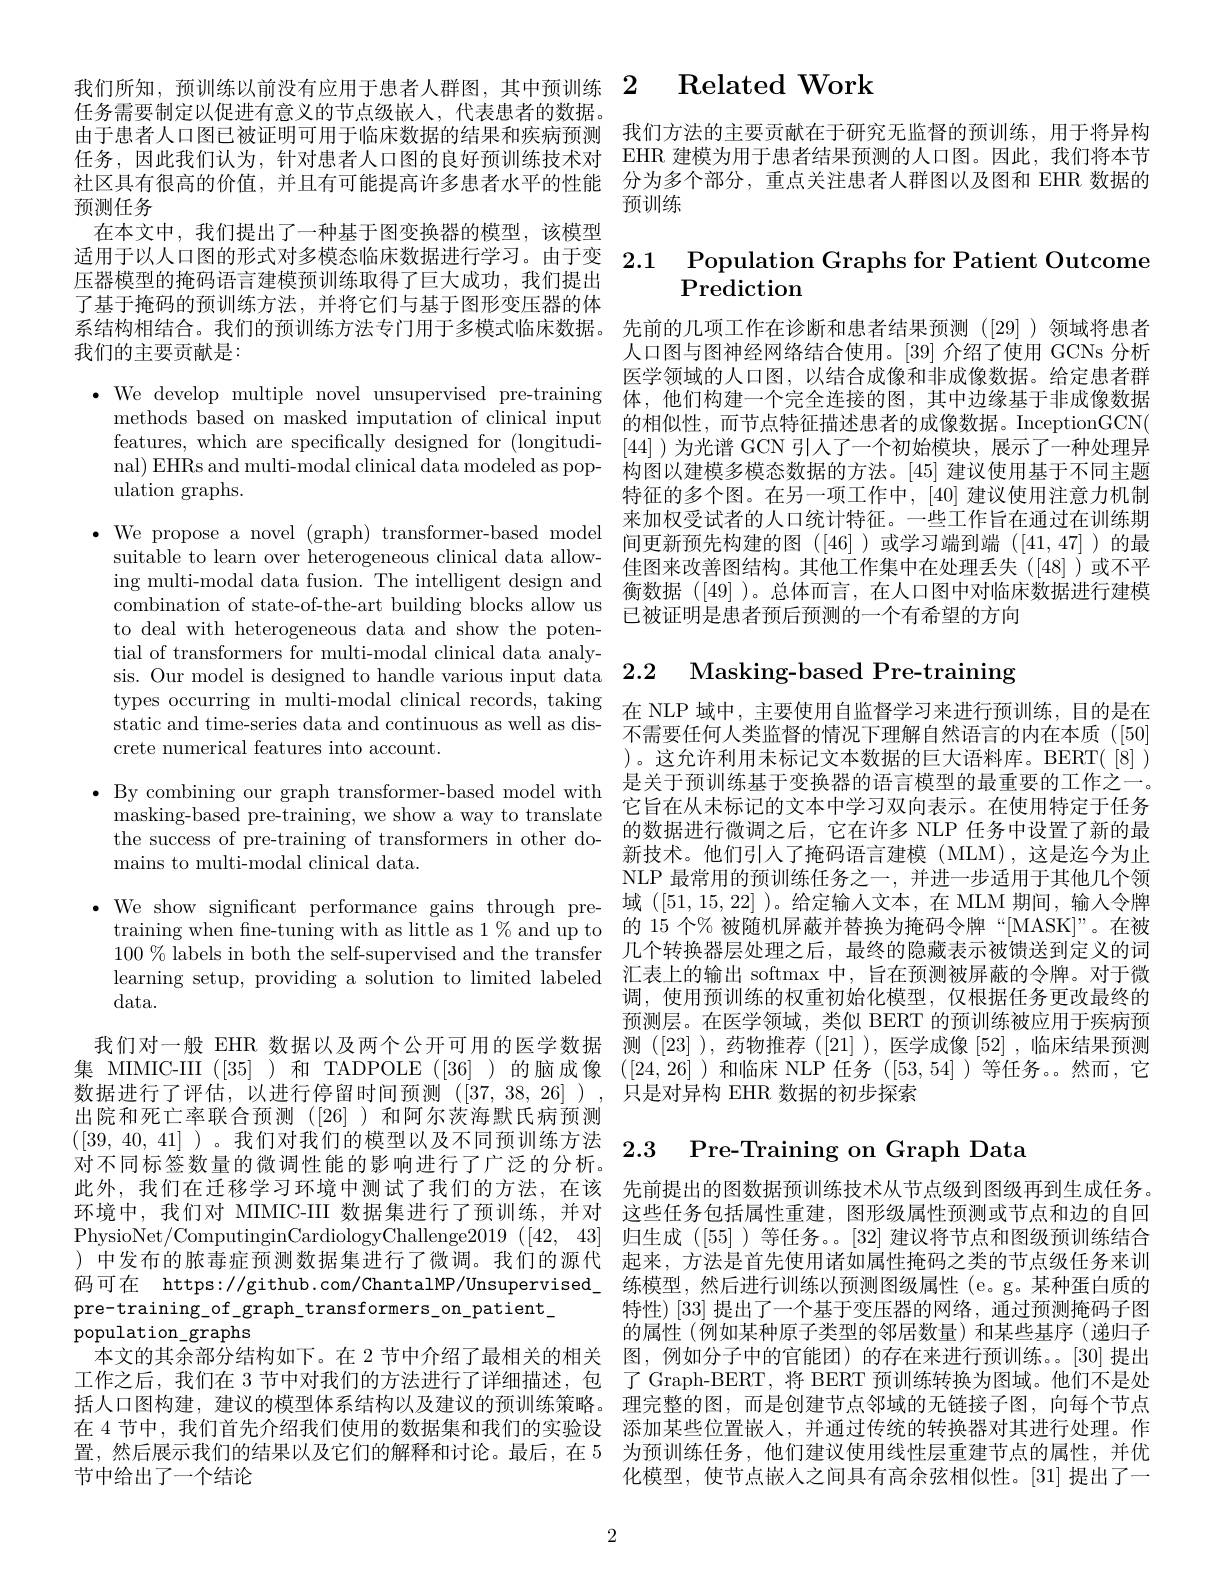
任务需要制定以促进有意义的节点级嵌人，代表患者的数据。社区具有很高的价值，并且有可能提高许多患者水平的性能预测任务
在本文中，我们提出了一种基于图变换器的模型，该模型
适用于以人口图的形式对多模态临床数据进行学习。由于变2.1 Population Graphs for Patient Outcome
压器模型的掩码语言建模预训练取得了巨大成功，我们提出了基于掩码的预训练方法，并将它们与基于图形变压器的体系结构相结合。我们的预训练方法专门用于多模式临床数据。先前的几项工作在诊断和患者结果预测([29])领域将患者
我们的主要贡献是

$\bullet$ We develop multiple novel unsupervised pre-training 体，他们构建一个完全连接的图，其中边缘基于非成像数据
methods based on masked imputation of clinical input 的相似性，而节点特征描述患者的成像数据。InceptionGCN(
features, which are specifically designed for (longitudinal) EHRs and multi-modal clinical data modeled as population graphs.

suitable to learn over heterogeneous clinical data allowcombination of state-of-the-art building blocks allow us to deal with heterogeneous data and show the potential of transformers for multi-modal clinical data analysis. Our model is designed to handle various input data 2.2 Masking-based Pre-training
types occurring in multi-modal clinical records, taking 在 NLP 域中，主要使用自监督学习来进行预训练，目的是在
static and time-series data and continuous as well as dis-
crete numerical features into account.

· By combining our graph transformer-based model with $\begin{array}{ll}\text{是关于预训练基于变换器的语言模型的最重要的工作之一。}\\\text{它旨在从丰标记故立本由学习双向丰云}\end{array}$在使用特字干任各
${\mathrm{masking-based~pre-training,~we~show~a~way~to~translate}}$ the success of pre-training of transformers in other domains to multi-modal clinical data.

data.
出院和死亡率联合预测([26])和阿尔茨海默氏病预测此外，我们在迁移学习环境中测试了我们的方法，在该环境中，我们对 MIMIC-III 数据集进行了预训练，并对 这些任务包括属性重建，图形级属性预测或节点和边的自回
$PhysioNet/ ComputinginCardiologyChallenge2019( [ 42$, 43]
)中发布的脓毒症预测数据集进行了微调。我们的源代 起来，方法是首先使用诸如属性掩码之类的节点级任务来训码可在 https://github.com/ChantalMP/Unsupervised\_ 练模型，然后进行训练以预测图级属性 (e。g。某种蛋白质的pre-training\_of\_graph\_transformers\_on\_patient\_
population graphs
本文的其余部分结构如下。在 2 节中介绍了最相关的相关 图，例如分子中的官能团) 的存在来进行预训练。。[30] 提出工作之后，我们在3节中对我们的方法进行了详细描述，包 了 Graph-BERT,将 BERT 预训练转换为图域。他们不是处括人口图构建，建议的模型体系结构以及建议的预训练策略。理完整的图，而是创建节点邻域的无链接子图，向每个节点在 4 节中，我们首先介绍我们使用的数据集和我们的实验设 添加某些位置嵌人，并通过传统的转换器对其进行处理。作置，然后展示我们的结果以及它们的解释和讨论。最后，在 5 为预训练任务，他们建议使用线性层重建节点的属性，并优节中给出了一个结论

# 我们所知，预训练以前没有应用于患者人群图，其中预训练2 Related Work

由于患者人口图已被证明可用于临床数据的结果和疾病预测 我们方法的主要贡献在于研究无监督的预训练，用于将异构任务，因此我们认为，针对患者人口图的良好预训练技术对 EHR 建模为用于患者结果预测的人口图。因此，我们将本节
分为多个部分，重点关注患者人群图以及图和 EHR 数据的
预训练

# Prediction

人口图与图神经网络结合使用。[39] 介绍了使用 GCNs 分析医学领域的人口图，以结合成像和非成像数据。给定患者群[44] )为光谱 GCN 引人了一个初始模块，展示了一种处理异构图以建模多模态数据的方法。[45] 建议使用基于不同主题特征的多个图。在另一项工作中，[40] 建议使用注意力机制来加权受试者的人口统计特征。一些工作旨在通过在训练期
$\bullet$We propose a novel ( graph) transformer- based model木 加 仅 义 成 名 的 人 口 乳 化 构 心 。三 二 十 F日 在 超 过 位 切 纳 为 suitablot o lown var batoranun livial dota ollow间 更 新 预 先 构 建 的 图 ([46]) 或 学 习 端 到 端 ([41,47]) 的 最
佳图来改善图结构。其他工作集中在处理丢失([48])或不平
ing multi-modal data fusion. The intelligent design and $\begin{array}{c}\text{由国木比音因为问。共他工旧未“仙处生公人}([4]]\text{或个}\\\text{ ing multi-modal data fusion. The intelligent design and}&\text{衡数据 }([49])\text{。总体而言，在人口图中对临床数据进行建模}\end{array}$
已被证明是患者预后预测的一个有希望的方向

不需要任何人类监督的情况下理解自然语言的内在本质([50] )。这允许利用未标记文本数据的巨大语料库。BERT([8]) 它旨在从未标记的文本中学习双向表示。在使用特定于任务的数据进行微调之后，它在许多 NLP 任务中设置了新的最新技术。他们引人了掩码语言建模(MLM),这是迄今为止NLP 最常用的预训练任务之一，并进一步适用于其他几个领
· We show significant performance gains through pre- 域([51,15,22] )。给定输人文本，在 MLM 期间，输入令牌
training when fne-tuning with as little as $1\%$ and up to 的15个%被随机屏蔽并替换为掩码令牌“[MASK]”。在被$100\%$ labels in both the self-supervised and the transfer 几个转换器层处理之后，最终的隐藏表示被馈送到定义的词learning setup, providing a solution to limited labeled 汇表上的输出 softmax 中，旨在预测被屏蔽的令牌。对于微
调，使用预训练的权重初始化模型，仅根据任务更改最终的预测层。在医学领域，类似 BERT 的预训练被应用于疾病预
我们对一般 EHR 数据以及两个公开可用的医学数据 测([23]),药物推荐([21]),医学成像[52],临床结果预测集 MIMIC-III ([35] )和 TADPOLE ([36] )的脑成像 ([24,26])和临床 NLP 任务 ([53,54])等任务。然而，它数据进行了评估，以进行停留时间预测([37,38,26] ),只是对异构 EHR 数据的初步探索

# ([39,40,41] )。我们对我们的模型以及不同预训练方法2.3 Pre-Training on Graph Data

先前提出的图数据预训练技术从节点级到图级再到生成任务。归生成([55])等任务。。[32] 建议将节点和图级预训练结合特性) [33] 提出了一个基于变压器的网络，通过预测掩码子图的属性(例如某种原子类型的邻居数量)和某些基序(递归子化模型，使节点嵌人之间具有高余弦相似性。[31] 提出了一

2